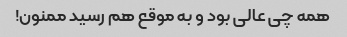
همه چی عالی بود و به موقع هم رسید ممنون!